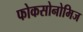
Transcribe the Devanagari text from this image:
फोकसोनोमिज